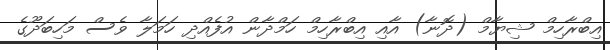
އިބްރާހިމް ޝިޔާމް (ދޮނާ) އާއި އިބްރާހިމް ހަމްދާން އުފެއްދި ހަމަލާ ވެސް މަހިބަދޫގެ